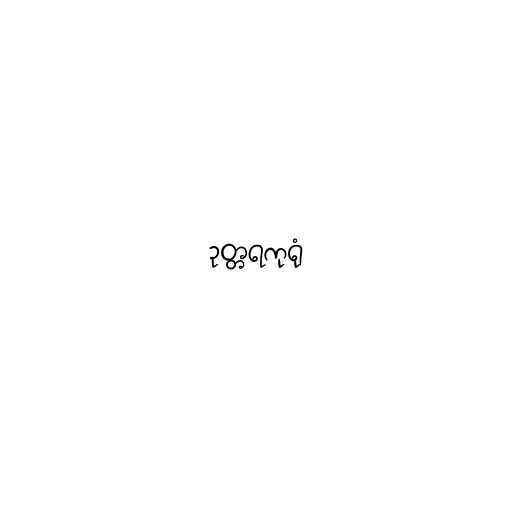
ဥတ္တရကုရုံ